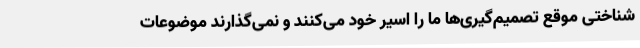
شناختی موقع تصمیم‌گیری‌ها ما را اسیر خود می‌کنند و نمی‌گذارند موضوعات